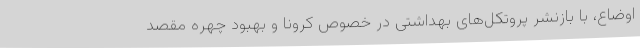
اوضاع، با بازنشر پروتکل‌های بهداشتی در خصوص کرونا و بهبود چهره مقصد